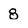
Character: 8